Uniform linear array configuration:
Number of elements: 24
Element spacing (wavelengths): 1
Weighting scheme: hamming
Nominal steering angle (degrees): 45
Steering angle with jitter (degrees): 43.347
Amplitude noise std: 0.05
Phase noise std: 0.05

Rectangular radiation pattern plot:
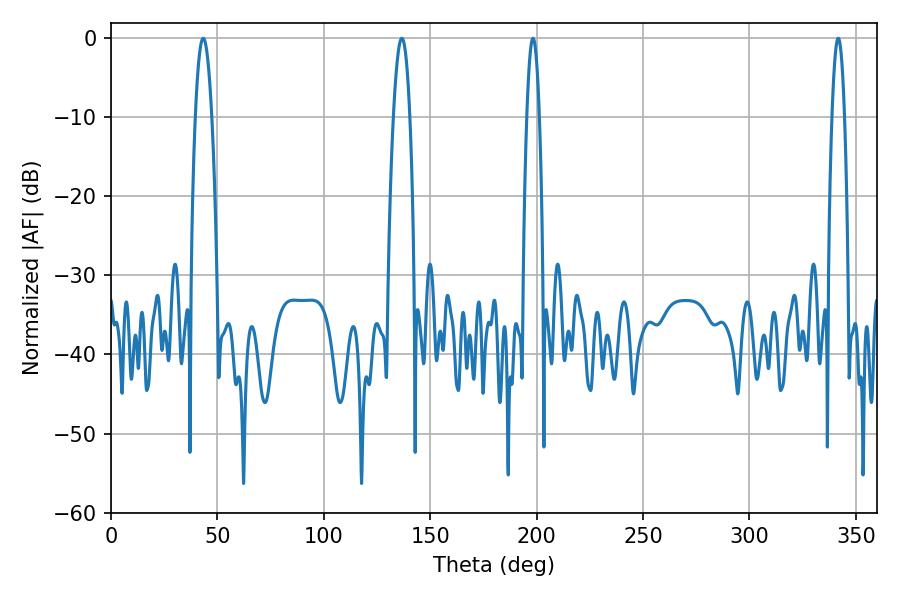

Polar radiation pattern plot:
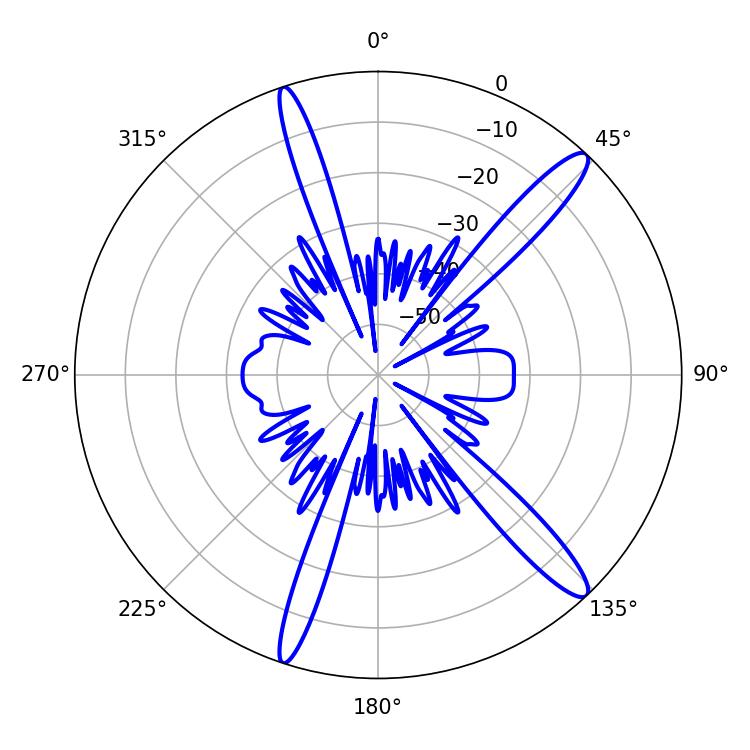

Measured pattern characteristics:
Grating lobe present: TRUE
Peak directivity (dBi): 14.445
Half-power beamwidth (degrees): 4.32
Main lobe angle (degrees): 43.38